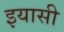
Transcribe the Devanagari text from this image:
इयासी